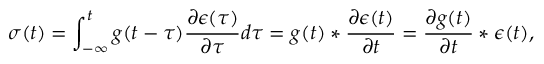
\sigma ( t ) = \int _ { - \infty } ^ { t } g ( t - \tau ) \frac { \partial \epsilon ( \tau ) } { \partial \tau } d \tau = g ( t ) * \frac { \partial \epsilon ( t ) } { \partial t } = \frac { \partial g ( t ) } { \partial t } * \epsilon ( t ) ,